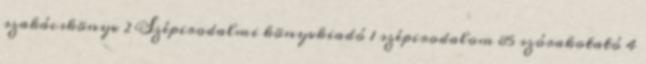
szakácskönyv 2 Szépirodalmi könyvkiadó 1 szépirodalom 85 szórakotató 4